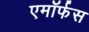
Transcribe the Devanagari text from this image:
एमॉर्फस